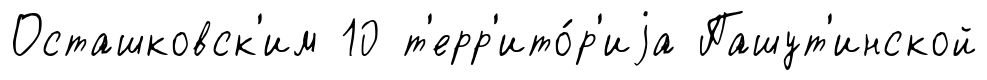
Осташковск'им 10 т'ерр'ито́р'иjа Пашут'инской